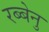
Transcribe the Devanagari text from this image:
रब्बेनु